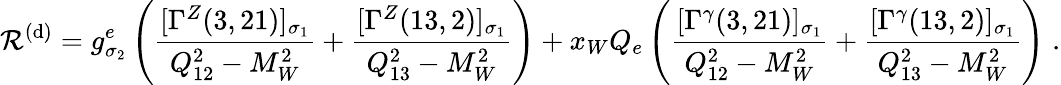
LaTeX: {\cal\mathcal{R}}^{(\mathrm{{d}})}=g_{\sigma_{2}}^{e}\left(\frac{{[\Gamma^{Z}(3,21)]_{\sigma_{1}}}}{{Q_{12}^{2}-M_{W}^{2}}}+\frac{{[\Gamma^{Z}(13,2)]_{\sigma_{1}}}}{{Q_{13}^{2}-M_{W}^{2}}}\right)+x_{W}Q_{e}\left(\frac{{[\Gamma^{\gamma}(3,21)]_{\sigma_{1}}}}{{Q_{12}^{2}-M_{W}^{2}}}+\frac{{[\Gamma^{\gamma}(13,2)]_{\sigma_{1}}}}{{Q_{13}^{2}-M_{W}^{2}}}\right)\; .